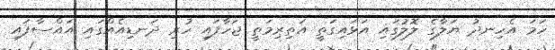
ހަމަ އެހިނދު ޔަލާގެ ލޮލުގައި އަޅައިގަތީ އަތިރިމަތީ ޖަހާފައި ހުރި ދަނޑިއެއްގައި އައްސާފައި